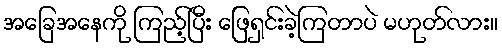
အခြေအနေကို ကြည့်ပြီး ဖြေရှင်းခဲ့ကြတာပဲ မဟုတ်လား။